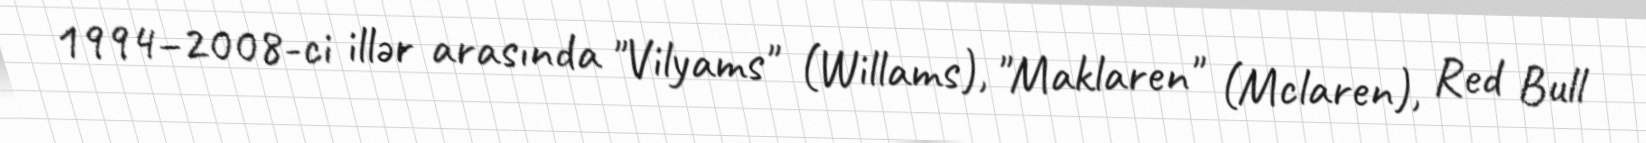
1994–2008-ci illər arasında "Vilyams" (Willams), "Maklaren" (Mclaren), Red Bull